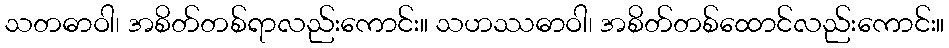
သတဓာဝါ၊ အစိတ်တစ်ရာလည်းကောင်း။ သဟဿဓာဝါ၊ အစိတ်တစ်ထောင်လည်းကောင်း။